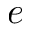
e